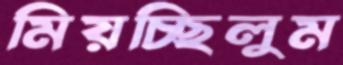
মিয়চ্ছিলুম